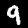
Digit: 9